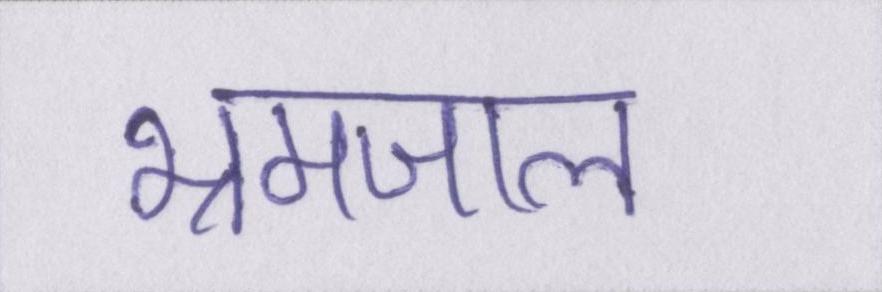
भ्रमजाल